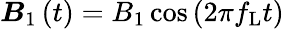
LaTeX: \boldsymbol{B}_{1}\left(t\right)=B_{1}\cos\left(2\pi f_{\mathrm{L}}t\right)